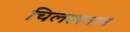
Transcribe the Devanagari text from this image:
चिलखतात